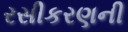
રસીકરણની